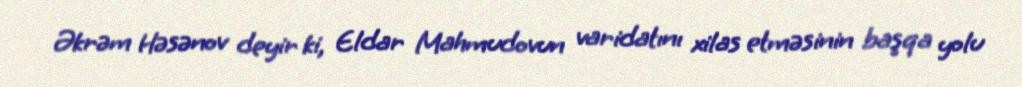
Əkrəm Həsənov deyir ki, Eldar Mahmudovun varidatını xilas etməsinin başqa yolu